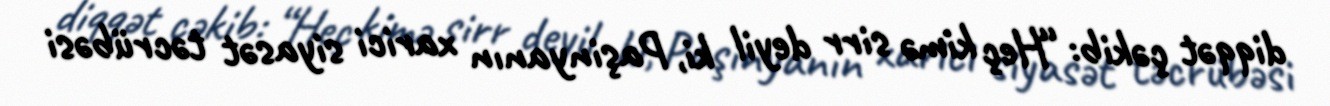
diqqət çəkib: “Heç kimə sirr deyil ki, Paşinyanın xarici siyasət təcrübəsi